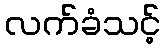
လက်ခံသင့်